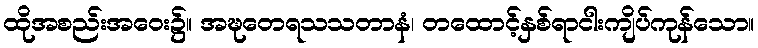
ထိုအစည်းအဝေး၌။ အဍ္ဎတေရသသတာနံ၊ တထောင့်နှစ်ရာငါးကျိပ်ကုန်သော။